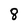
Character: 8